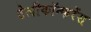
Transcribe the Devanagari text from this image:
टेलीकॉन्फरेंस